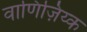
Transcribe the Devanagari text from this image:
वाणिज़िय्क